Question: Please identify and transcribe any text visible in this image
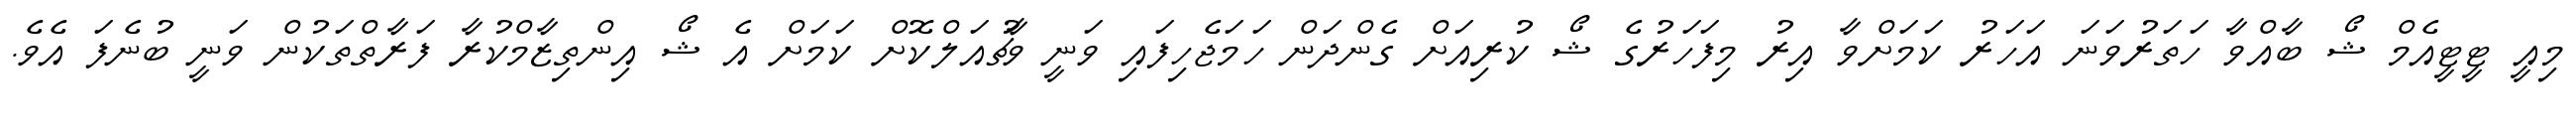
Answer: މިއީ ޓީޓީއެމް ޝޯ ބާއްވާ ހަތަރުވަނަ އަހަރު ކަމަށްވާ އިރު މިފަހަރުގެ ޝޯ ކުރިއަށް ގެންދަން ހަމަޖެހިފައި ވަނީ ވާޗުއަލްކޮށް ކަމަށް އެ ޝޯ އިންތިޒާމްކުރާ ފަރާތްތަކުން ވަނީ ބުނެފަ އެވެ.